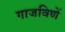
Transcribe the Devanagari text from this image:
गाजविणें